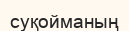
суқойманың